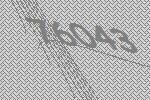
76043